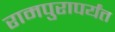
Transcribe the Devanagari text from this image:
रामपुरापर्यंत